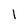
Character: 1